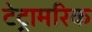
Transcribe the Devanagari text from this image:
टेट्रामरिक